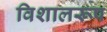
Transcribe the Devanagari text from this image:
विशालरूप